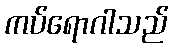
ကပ်ရောဂါသည်